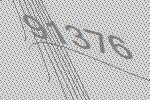
91376